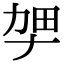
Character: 𫦫